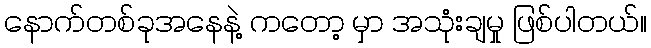
နောက်တစ်ခုအနေနဲ့ ကတော့ မှာ အသုံးချမှု ဖြစ်ပါတယ်။